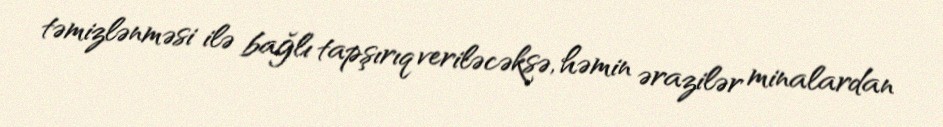
təmizlənməsi ilə bağlı tapşırıq veriləcəksə, həmin ərazilər minalardan